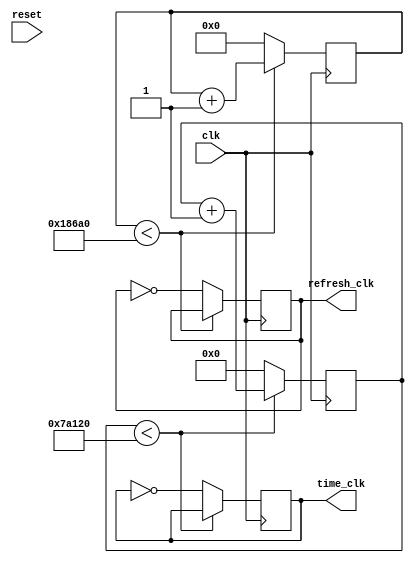
`timescale 1ns / 1ps
//////////////////////////////////////////////////////////////////////////////////
// Company: 
// Engineer: 
// 
// Design Name: 
// Module Name: clk_div_disp
// Project Name: 
// Target Devices: 
// Tool Versions: 
// Description: 
// 
// Dependencies: 
// 
// Revision:
// Revision 0.01 - File Created
// Additional Comments:
// 
//////////////////////////////////////////////////////////////////////////////////


module clk_div_disp(
    input clk,
    input reset,
    output refresh_clk,
    output time_clk
    );
    
    reg [16:0] refresh;
    reg [19:0] time_count;
    reg ref;
    reg time_c;
    assign refresh_clk = ref;
    assign time_clk = time_c;
    
    always @(posedge clk) begin
        if (time_count < 500000) begin 
            time_count <= time_count + 1;
          end
        else begin
            time_c <= ~time_c;
            time_count <= 0;
          end
    end
    
    always @(posedge clk) begin
        if (refresh < 100000) begin 
            refresh <= refresh + 1;
          end
        else begin
            ref <= ~ref;
            refresh <= 0;
          end
    end
    
endmodule